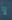
لآ